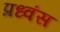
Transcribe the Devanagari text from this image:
प्रध्वंस